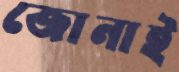
জোনাই